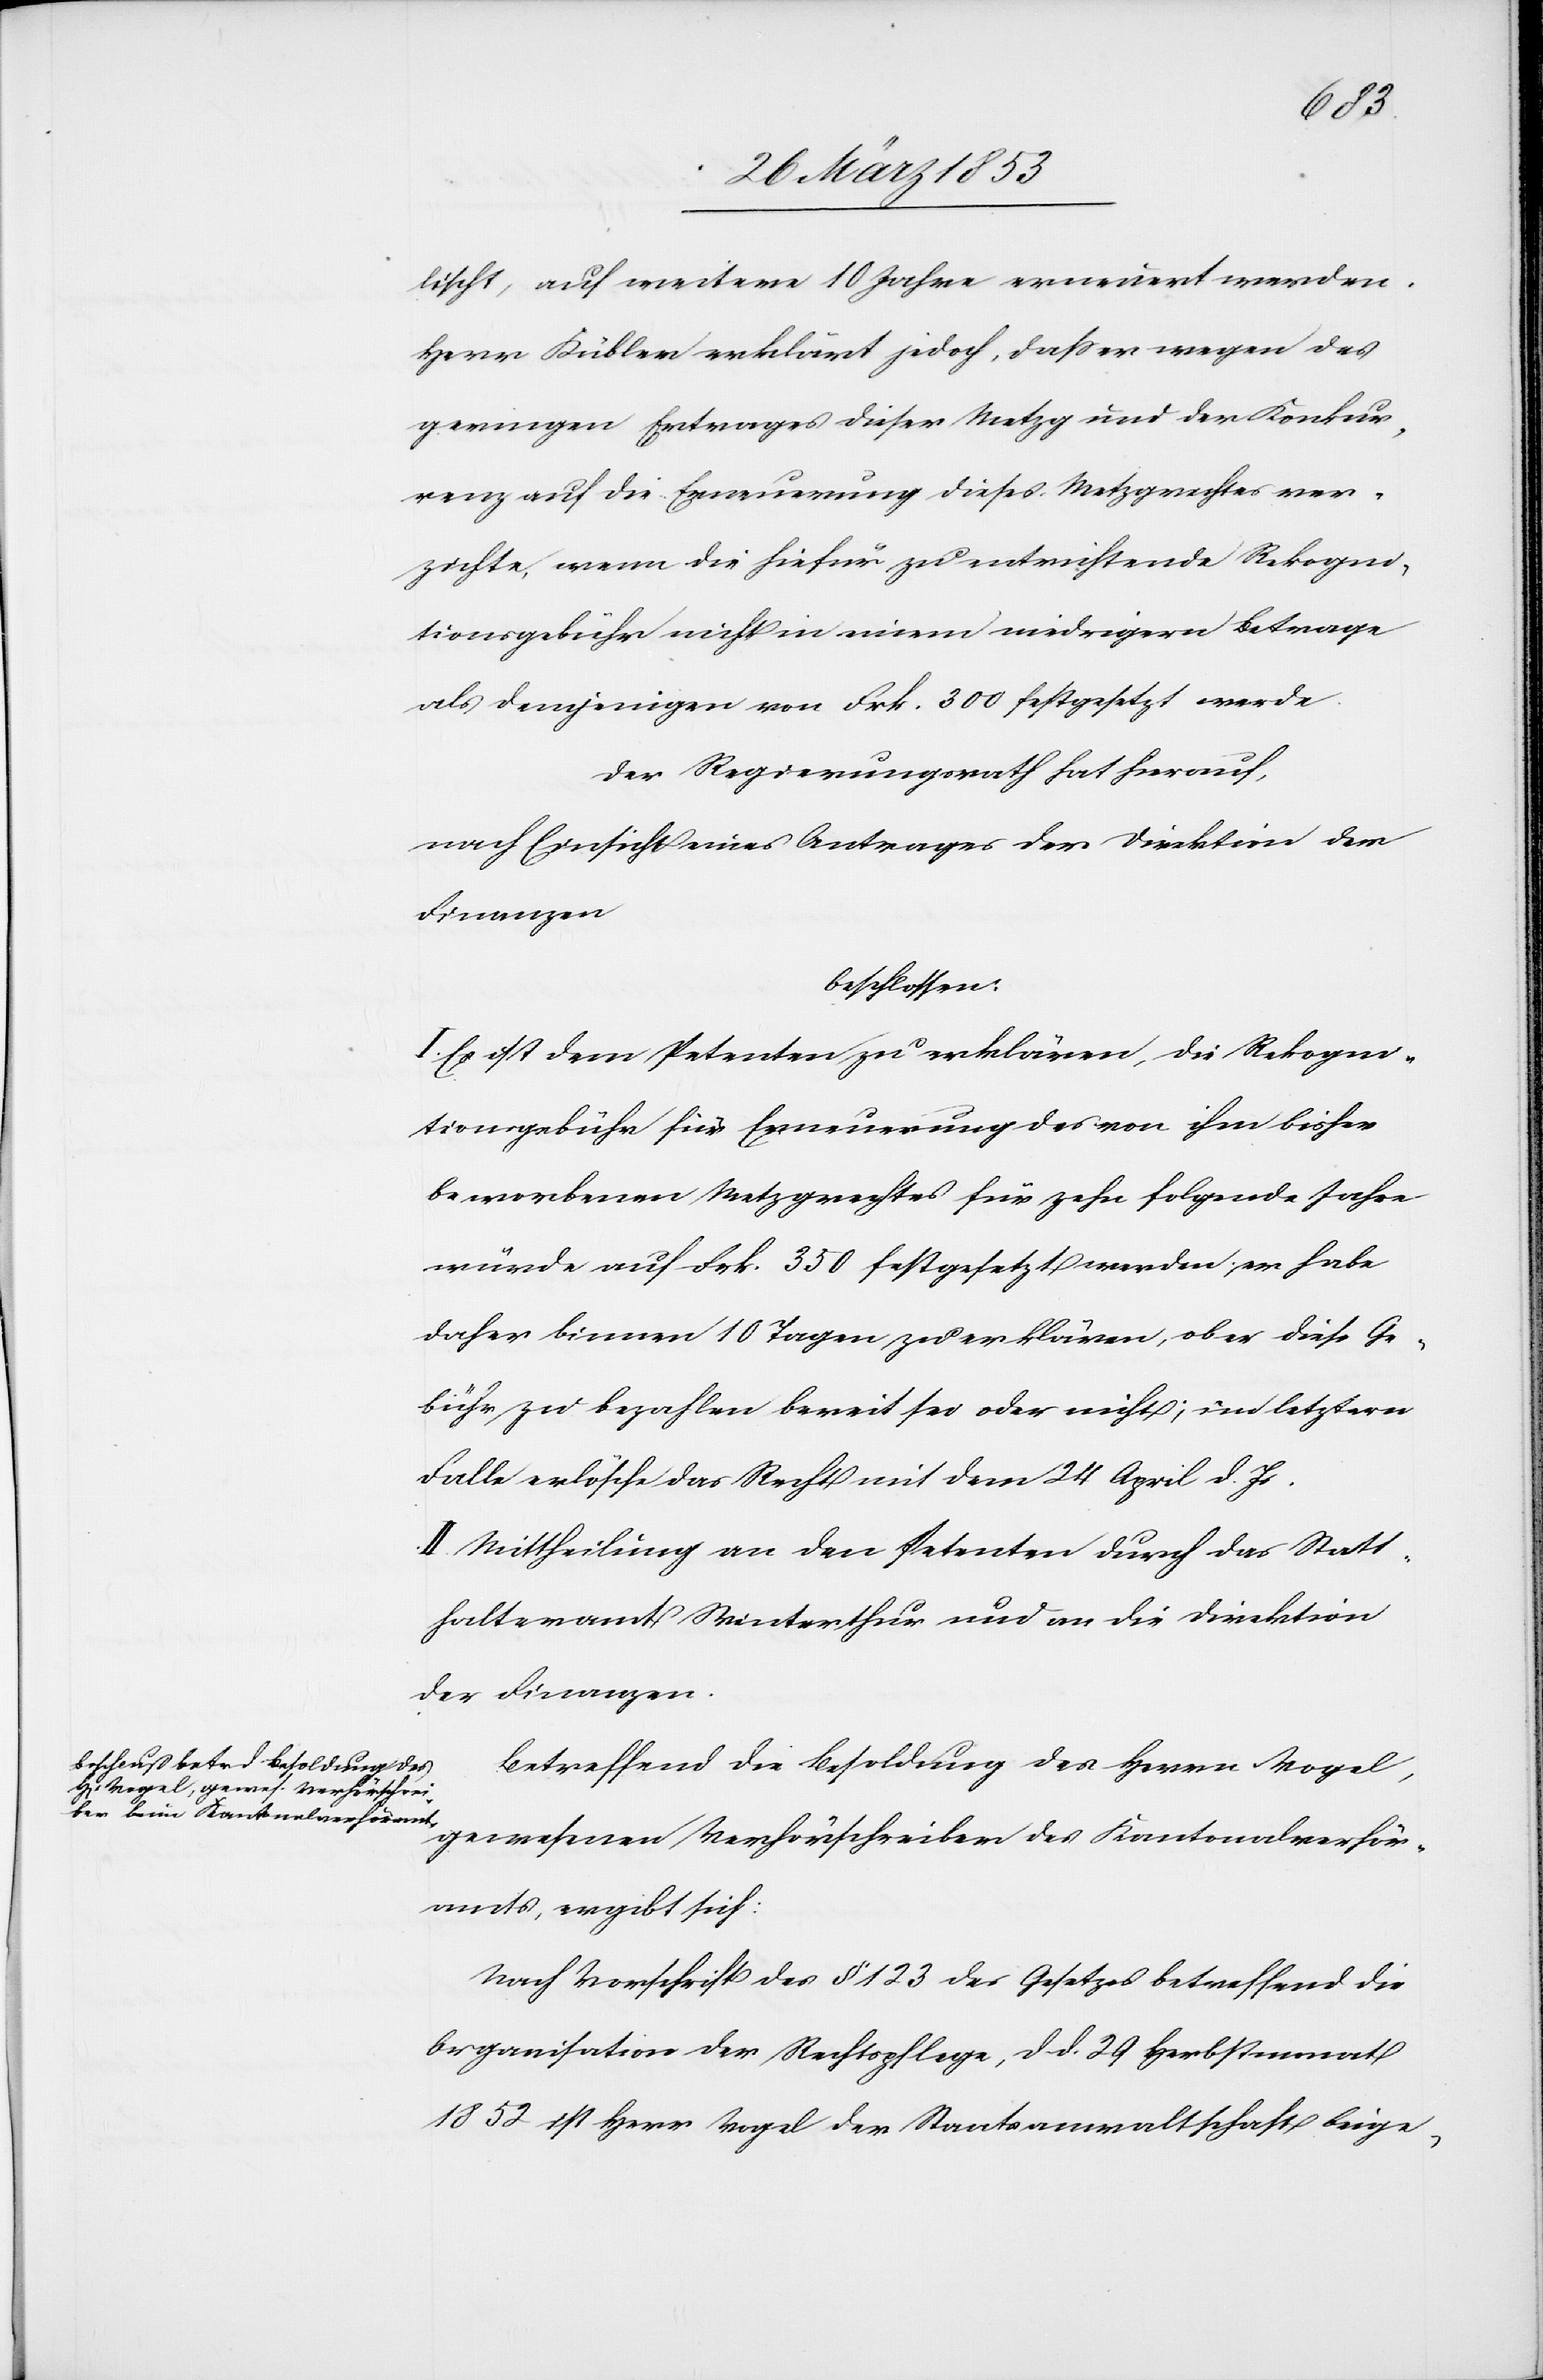
lischt, auf weitere 10 Jahre erneuert werden.
Herr Kübler erklärt jedoch, daß er wegen des
geringen Ertrages dieser Metzg und der Konkur¬
renz auf die Erneuerung dieses Metzgrechtes ver¬
zichte, wenn die hiefür zu entrichtende Rekogni¬
tionsgebühr nicht in einem niedrigern Betrage
als demjenigen von Frk. 300 festgesetzt werde.
Der Regierungsrath hat hierauf,
nach Einsicht eines Antrages der Direktion der
Finanzen
beschlossen:
I. Es ist dem Petenten zu erklären, die Rekogni¬
tionsgebühr für Erneuerung des von ihm bisher
beworbenen Metzgrechtes für zehn folgende Jahre
würde auf Frk. 350 festgesetzt werden; er habe
daher binnen 10 Tagen zu erklären, ob er diese Ge¬
bühr zu bezahlen bereit sei oder nicht; und letztern
Falle erlösche das Recht mit dem 24 April d. Js.
II. Mittheilung an den Petenten durch das Statt¬
halteramt Winterthur und an die Direktion
der Finanzen.
Betreffend die Besoldung des Herrn Vogel,
gewesenen Verhörschreiber des Kantonalverhör¬
amt, ergibt sich:
Nach Vorschrift des § 123 des Gesetzes betreffend die
Organisation der Rechtspflege, d. d. 29 Herbstmonat
1852 ist Herr Vogel der Staatsanwaltschaft beige-